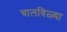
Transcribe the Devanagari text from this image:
चालविळ्या